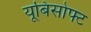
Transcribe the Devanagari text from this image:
यूबिसोफ्ट